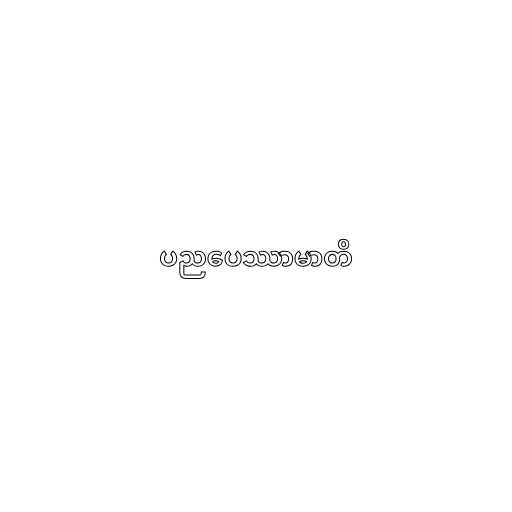
ပညပေဿာမာတိ